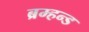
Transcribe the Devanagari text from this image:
ब्रम्हन्ड